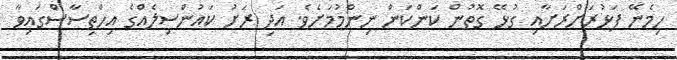
ހިމެނޭ ފަޅުރަށްރަށާއި ގުޅޭ ގޮތުން ކަންކަން ނިންމުމަށެވެ. އަދި ރަށު ކައުންސިލެއްގެ އިހްތިސާސްގައިވާ